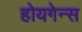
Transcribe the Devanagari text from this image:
होयगेन्स